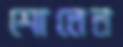
শোনেন